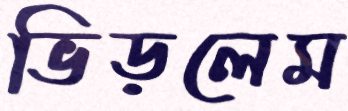
ভিড়লেম